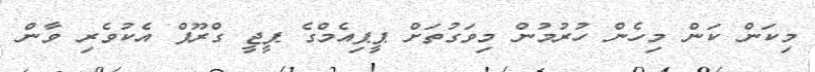
މިކަން ކަން މިހެން ހުރުމުން މިވަގުތަށް ޕީޕިއެމްގެ ޕީޖީ ގްރޫޕް އެކުވެރި ވާން